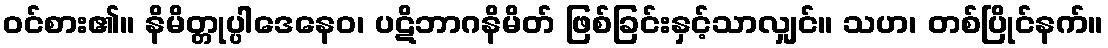
ဝင်စား၏။ နိမိတ္တုပ္ပါဒေနေဝ၊ ပဋိဘာဂနိမိတ် ဖြစ်ခြင်းနှင့်သာလျှင်။ သဟ၊ တစ်ပြိုင်နက်။